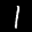
Label: 1